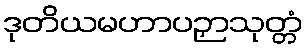
ဒုတိယမဟာပဉှာသုတ္တံ